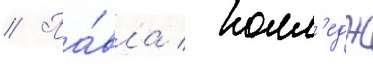
// Па́вла / колл'едж